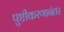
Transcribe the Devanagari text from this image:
पुष्टीकरणानंतर